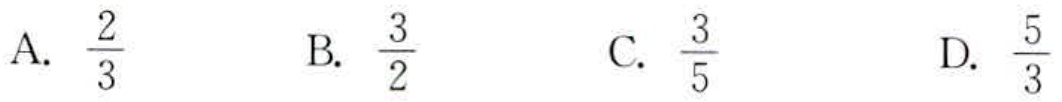
A. $\frac{2}{3}$  B. $\frac{3}{2}$  C. $\frac{3}{5}$  D. $\frac{5}{3}$